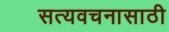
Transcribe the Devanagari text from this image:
सत्यवचनासाठी